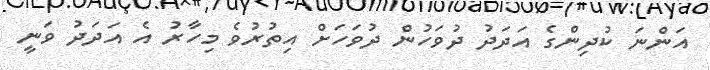
އަންނަ ކުދިންގެ އަދަދު ދުވަހުން ދުވަހަށް އިތުރުވެ މިހާރު އެ އަދަދު ވަނީ